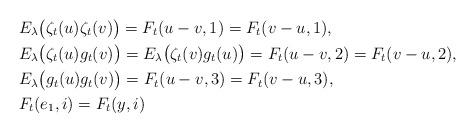
LaTeX: \begin{align*}&E_\lambda\big(\zeta_t(u)\zeta_t(v)\big)=F_t(u-v,1)=F_t(v-u,1),\\&E_\lambda\big(\zeta_t(u)g_t(v)\big)=E_\lambda\big(\zeta_t(v)g_t(u)\big)=F_t(u-v,2)=F_t(v-u,2),\\&E_\lambda\big(g_t(u)g_t(v)\big)=F_t(u-v,3)=F_t(v-u,3),\\&F_t(e_1,i)=F_t(y,i)\end{align*}